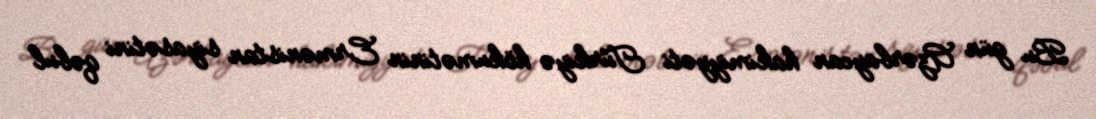
Bu gün Azərbaycan hakimiyyəti Türkiyə hökumətinin Ermənistan siyasətini qəbul